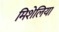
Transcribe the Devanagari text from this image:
मिशेलिया